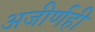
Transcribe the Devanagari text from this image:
अजीर्णही